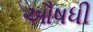
ઔષધી